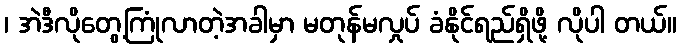
၊ အဲဒီလိုတွေ့ကြုံလာတဲ့အခါမှာ မတုန်မလှုပ် ခံနိုင်ရည်ရှိဖို့ လိုပါ တယ်။